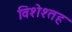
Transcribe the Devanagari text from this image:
विशेश्तह